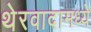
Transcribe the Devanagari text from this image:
थेरवादामध्ये